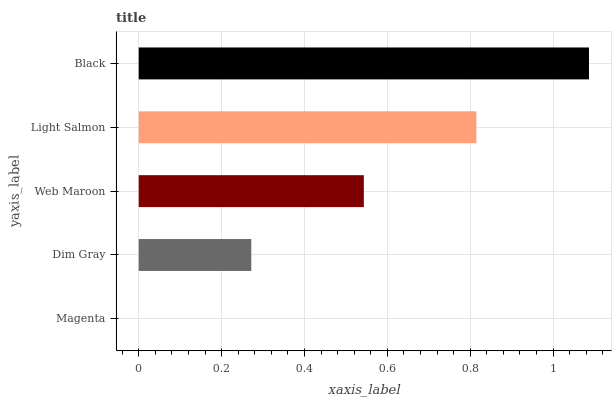
| yaxis_label | bars |
 | --- | --- |
 | Magenta | 0 |
 | Dim Gray | 0.272 |
 | Web Maroon | 0.543 |
 | Light Salmon | 0.815 |
 | Black | 1.09 |